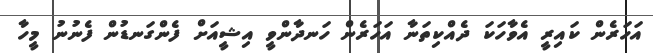
އަހަރެން ކައިރީ އެވާހަކަ ދެއްކިތަނާ އަހަރެން ހަނދާންވީ އިޝީއަށް ފެންގަނޑުން ފެނުނު މީހާ